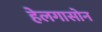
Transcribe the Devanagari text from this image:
हेलगासोन